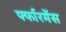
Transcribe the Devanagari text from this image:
र्फ्फारमेंस